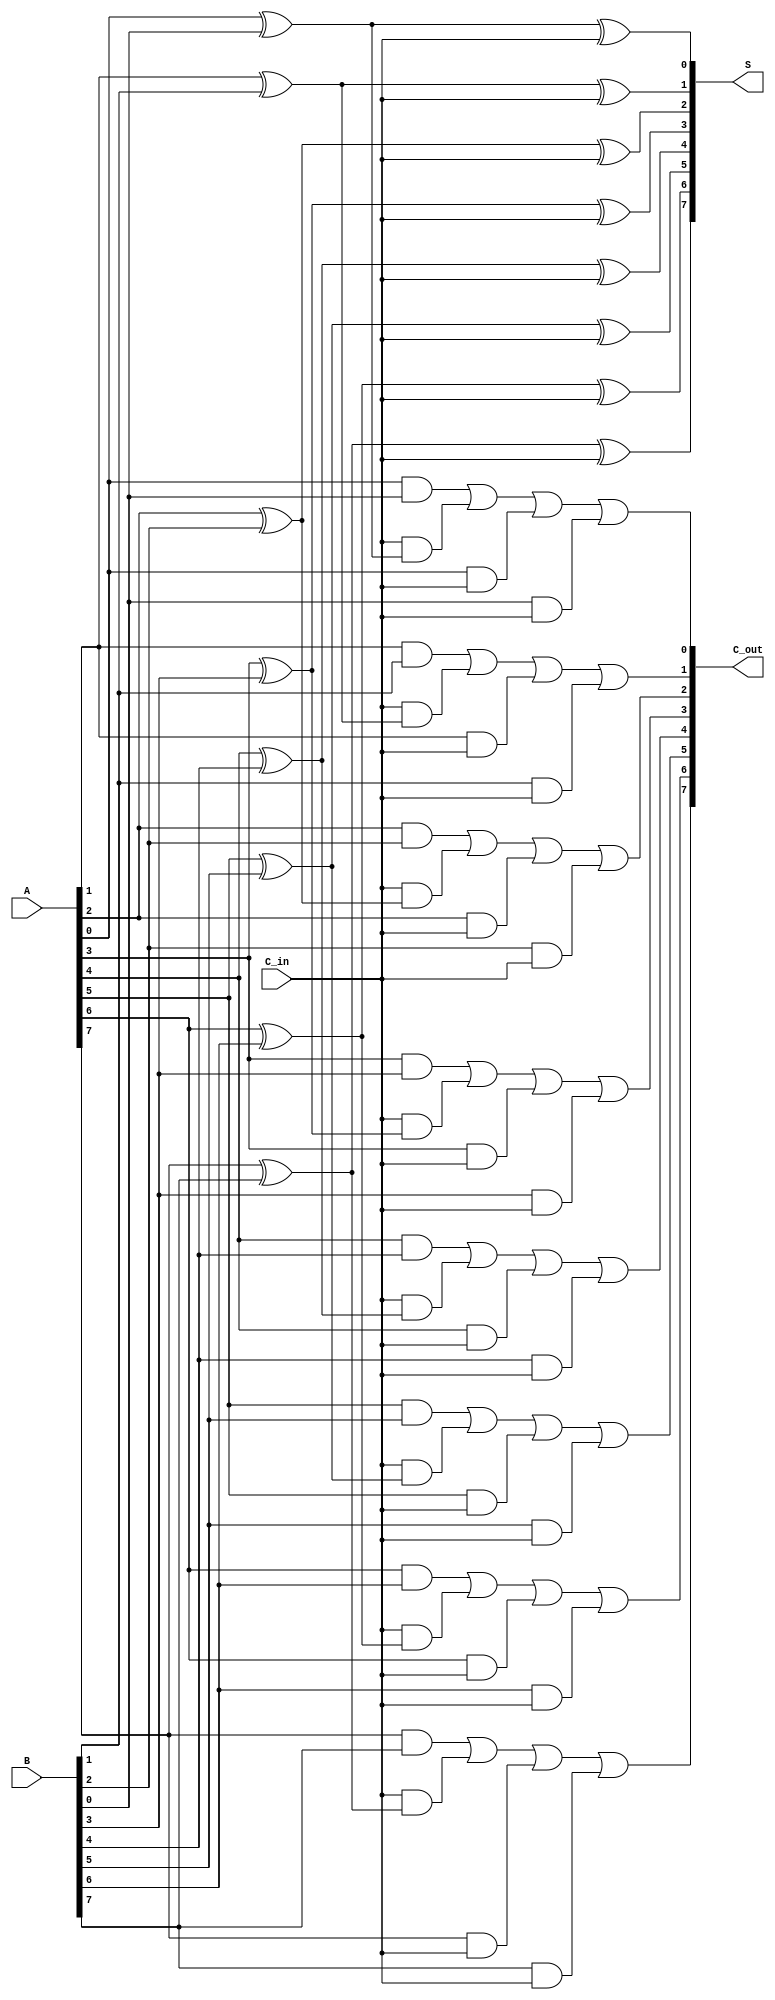
module carry_save_adder #(parameter N = 8) (
    input  wire [N-1:0] A,      // First n-bit input
    input  wire [N-1:0] B,      // Second n-bit input
    input  wire C_in,           // Carry input
    output wire [N-1:0] S,      // Sum output
    output wire [N-1:0] C_out    // Carry output
);

genvar i;
generate
    for (i = 0; i < N; i = i + 1) begin : CSA_bit
        // Sum calculation
        assign S[i] = A[i] ^ B[i] ^ C_in;

        // Carry calculation
        assign C_out[i] = (A[i] & B[i]) | (C_in & (A[i] ^ B[i])) | (A[i] & C_in) | (B[i] & C_in);
    end
endgenerate

endmodule